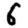
Digit: 6